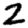
Digit: 2